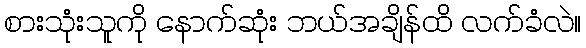
စားသုံးသူကို နောက်ဆုံး ဘယ်အချိန်ထိ လက်ခံလဲ။